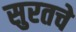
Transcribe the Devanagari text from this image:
सुरतचे